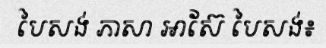
បៃសង់ ភាសា អាស៊ែ បៃសង់៖